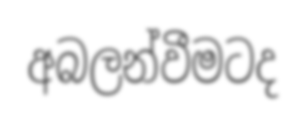
අබලන්වීමටද